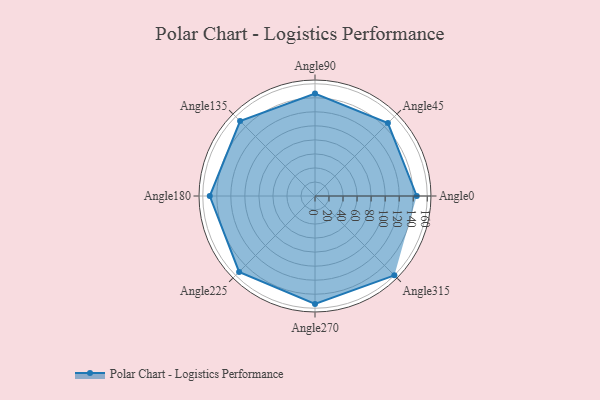
{"axis": {"x": "Angle", "y": "Radius"}, "legend": [""], "data": [{"x": "Angle0", "y": 145.0, "type": ""}, {"x": "Angle45", "y": 147.0, "type": ""}, {"x": "Angle90", "y": 146.0, "type": ""}, {"x": "Angle135", "y": 151.0, "type": ""}, {"x": "Angle180", "y": 150.0, "type": ""}, {"x": "Angle225", "y": 153.0, "type": ""}, {"x": "Angle270", "y": 154.0, "type": ""}, {"x": "Angle315", "y": 160.0, "type": ""}]}